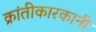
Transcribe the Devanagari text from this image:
क्रांतीकारकानी